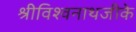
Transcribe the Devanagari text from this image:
श्रीविश्वनाथजीके